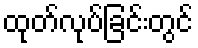
ထုတ်လုပ်ခြင်းတွင်